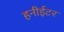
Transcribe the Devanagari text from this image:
हनीईटर